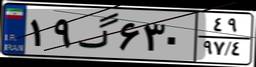
۱۹گ۶۳۰۴۹